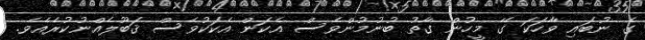
ގެ ނުބައި ވާހަކަ ގޭ މީހުން ގާތު ބުނުމުންވެސް އެކަން އެކަކުވެސް ޤަބޫލެއްނުކުރެއެވެ.